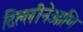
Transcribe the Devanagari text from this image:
दिल्लीनेआणि